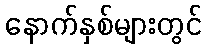
နောက်နှစ်များတွင်